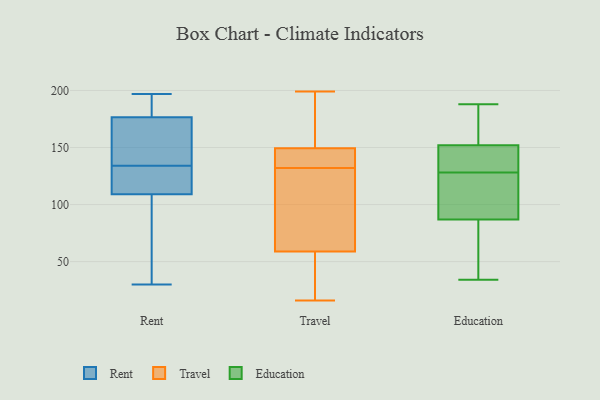
{"axis": {"x": "Conversion Rate (%)", "y": "Value"}, "legend": ["Education", "Rent", "Travel"], "data": [{"x": "", "y": 183, "type": "Rent"}, {"x": "", "y": 63, "type": "Rent"}, {"x": "", "y": 123, "type": "Rent"}, {"x": "", "y": 176, "type": "Rent"}, {"x": "", "y": 100, "type": "Rent"}, {"x": "", "y": 30, "type": "Rent"}, {"x": "", "y": 92, "type": "Rent"}, {"x": "", "y": 190, "type": "Rent"}, {"x": "", "y": 150, "type": "Rent"}, {"x": "", "y": 133, "type": "Rent"}, {"x": "", "y": 112, "type": "Rent"}, {"x": "", "y": 138, "type": "Rent"}, {"x": "", "y": 134, "type": "Rent"}, {"x": "", "y": 124, "type": "Rent"}, {"x": "", "y": 162, "type": "Rent"}, {"x": "", "y": 197, "type": "Rent"}, {"x": "", "y": 178, "type": "Rent"}, {"x": "", "y": 132, "type": "Travel"}, {"x": "", "y": 150, "type": "Travel"}, {"x": "", "y": 64, "type": "Travel"}, {"x": "", "y": 64, "type": "Travel"}, {"x": "", "y": 45, "type": "Travel"}, {"x": "", "y": 199, "type": "Travel"}, {"x": "", "y": 134, "type": "Travel"}, {"x": "", "y": 102, "type": "Travel"}, {"x": "", "y": 35, "type": "Travel"}, {"x": "", "y": 33, "type": "Travel"}, {"x": "", "y": 147, "type": "Travel"}, {"x": "", "y": 191, "type": "Travel"}, {"x": "", "y": 145, "type": "Travel"}, {"x": "", "y": 141, "type": "Travel"}, {"x": "", "y": 100, "type": "Travel"}, {"x": "", "y": 184, "type": "Travel"}, {"x": "", "y": 16, "type": "Travel"}, {"x": "", "y": 57, "type": "Travel"}, {"x": "", "y": 186, "type": "Travel"}, {"x": "", "y": 152, "type": "Education"}, {"x": "", "y": 87, "type": "Education"}, {"x": "", "y": 34, "type": "Education"}, {"x": "", "y": 40, "type": "Education"}, {"x": "", "y": 131, "type": "Education"}, {"x": "", "y": 59, "type": "Education"}, {"x": "", "y": 144, "type": "Education"}, {"x": "", "y": 179, "type": "Education"}, {"x": "", "y": 188, "type": "Education"}, {"x": "", "y": 185, "type": "Education"}, {"x": "", "y": 145, "type": "Education"}, {"x": "", "y": 125, "type": "Education"}, {"x": "", "y": 87, "type": "Education"}, {"x": "", "y": 183, "type": "Education"}, {"x": "", "y": 62, "type": "Education"}, {"x": "", "y": 141, "type": "Education"}, {"x": "", "y": 116, "type": "Education"}, {"x": "", "y": 104, "type": "Education"}]}